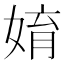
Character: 㛩